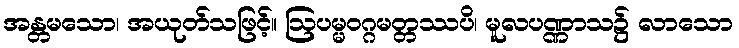
အန္တမသော၊ အယုတ်သဖြင့်။ ဩပမ္မဝဂ္ဂမတ္တဿပိ၊ မူလပဏ္ဏာသ၌ လာသော